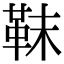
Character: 靺